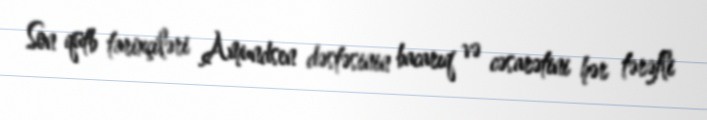
Son qütb tarixçiləri Amundsen dəstəsinin bacarıq və cəsarətini hər tərəfli